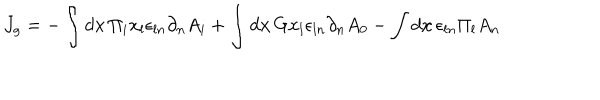
J _ { g } = - \int { d { \bf x } \, \Pi _ { i } x _ { l } \epsilon _ { l n } \partial _ { n } A _ { i } } + \int { d { \bf x } \, G x _ { l } \epsilon _ { l n } \partial _ { n } A _ { 0 } } - \int { d { \bf x } \, \epsilon _ { l n } \Pi _ { l } A _ { n } }